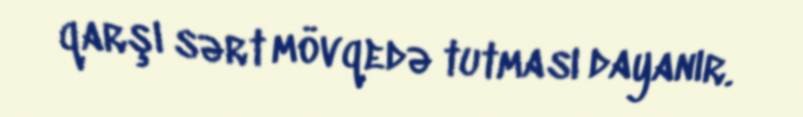
qarşı sərt mövqedə tutması dayanır.